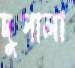
দুপালা